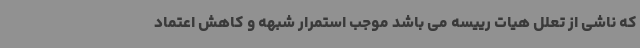
که ناشی از تعلل هیات رییسه می باشد موجب استمرار شبهه و کاهش اعتماد